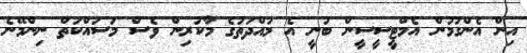
އިން އެންގުމުން އެމްޓީސީސީން ބުނީ އެ މުއްދަތުގެ މާކުރިން ވެސް މަސައްކަތް ނިންމޭނެ